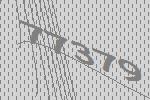
77379